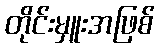
တိုင်းမှူးအဖြစ်